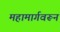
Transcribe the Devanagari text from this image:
महामार्गवरून